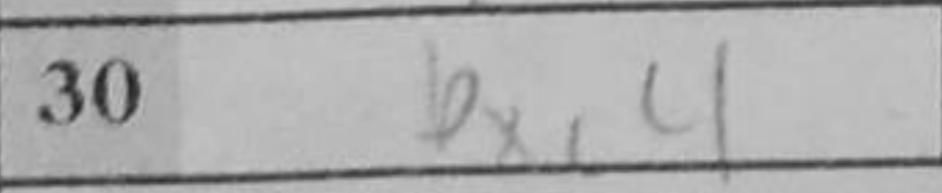
Transcription: bxc4